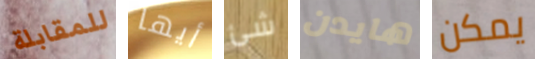
للمقابلة أيها شئ هايدن يمكن